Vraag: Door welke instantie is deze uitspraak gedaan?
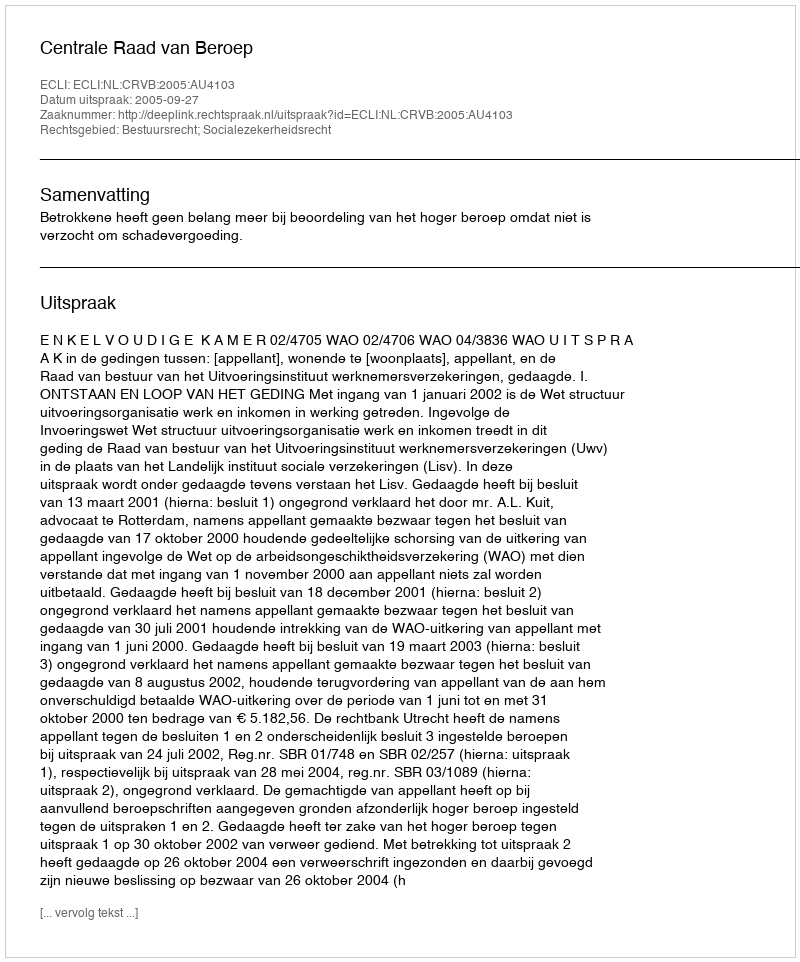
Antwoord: Centrale Raad van Beroep